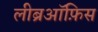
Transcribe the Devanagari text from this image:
लीब्रऑफ़िस